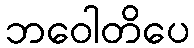
ဘဝေါတိပေ